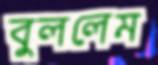
বুললেম